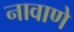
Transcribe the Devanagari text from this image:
नावाणे